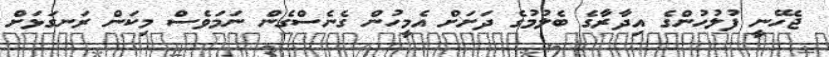
ޖެހޭނީ ފުލުހުންގެ އިދާރާގެ ބެލުމުގެ ދަށަށް އެމީހުން ގެނެސްގެން ނަމަވެސް މިކަން ރަނގަޅަށް